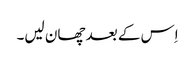
اِس کے بعد چھان لیں۔